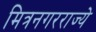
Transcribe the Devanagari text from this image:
मित्रनगरराज्ये